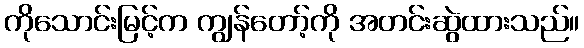
ကိုသောင်းမြင့်က ကျွန်တော့်ကို အတင်းဆွဲထားသည်။